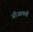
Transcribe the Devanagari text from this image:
जीआयपी